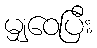
မျှဝေပြီး